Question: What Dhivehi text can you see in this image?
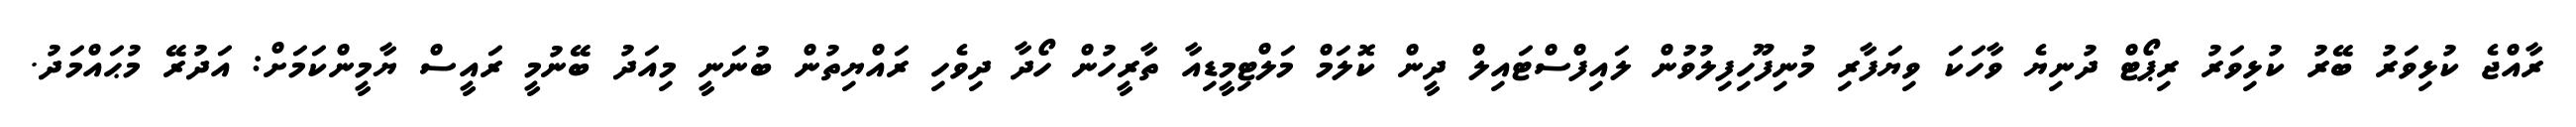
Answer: ރާއްޖެ ކުޅިވަރު ބޭރު ކުޅިވަރު ރިޕޯޓް ދުނިޔެ ވާހަކަ ވިޔަފާރި މުނިފޫހިފިލުވުން ލައިފްސްޓައިލް ދީން ކޮލަމް މަލްޓިމީޑިއާ ތާރީހުން ހޯދާ ދިވެހި ރައްޔިތުން ބުނަނީ މިއަދު ބޭނުމީ ރައީސް ޔާމީންކަމަށް: އަދުރޭ މުޙައްމަދު.